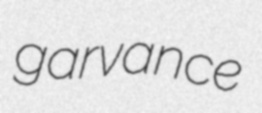
garvance